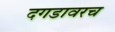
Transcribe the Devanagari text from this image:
दगडावरच